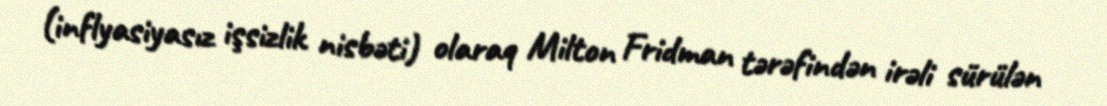
(inflyasiyasız işsizlik nisbəti) olaraq Milton Fridman tərəfindən irəli sürülən